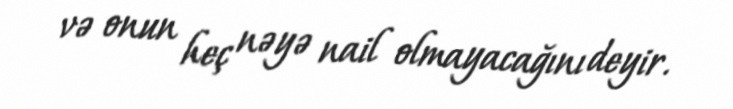
və onun heç nəyə nail olmayacağını deyir.